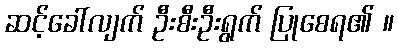
ဆင့်ခေါ်လျက် ဦးစီးဦးရွက် ပြုစေရ၏ ။